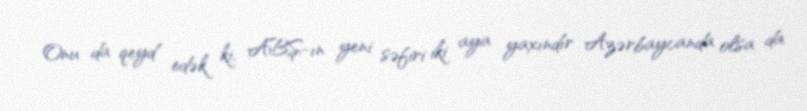
Onu da qeyd edək ki, ABŞ-ın yeni səfiri iki aya yaxındır Azərbaycanda olsa da